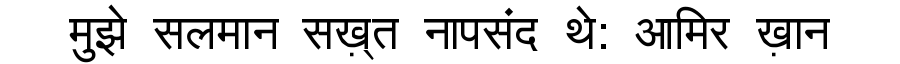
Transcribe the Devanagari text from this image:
मुझे सलमान सख़्त नापसंद थे: आमिर ख़ान